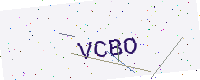
Text: VCBO